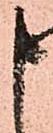
申